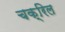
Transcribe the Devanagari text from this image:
चक्रिल